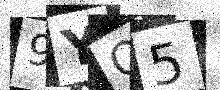
Text: 9YQ5